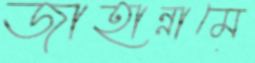
জাহান্নামে